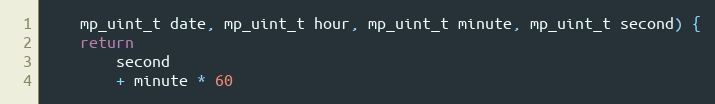
Language: C
    mp_uint_t date, mp_uint_t hour, mp_uint_t minute, mp_uint_t second) {
    return
        second
        + minute * 60